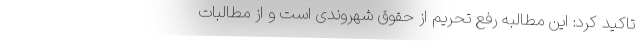
تاکید کرد: این مطالبه رفع تحریم از حقوق شهروندی است و از مطالباتِ